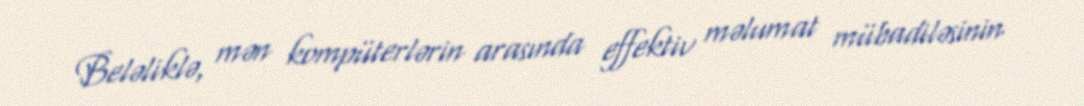
Beləliklə, mən kompüterlərin arasında effektiv məlumat mübadiləsinin